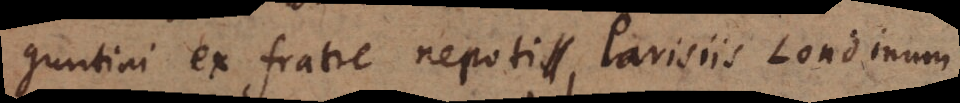
guntini ex fratre nepoti, Parisiis Londinum